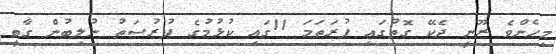
މިހެންވެ ރޫނީ ދެކޭ ގޮތުގައި ފުރަތަމަ 11ގައި ކުޅުމުގެ ފުރުސަތު ނުލިބުން ގާތީ